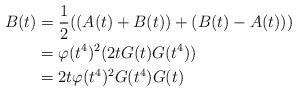
LaTeX: \begin{align*} B(t) &= \frac{1}{2}((A(t)+B(t))+(B(t)-A(t)))\\ &= \varphi(t^4)^2(2tG(t)G(t^4))\\ &= 2t\varphi(t^4)^2G(t^4)G(t)\end{align*}